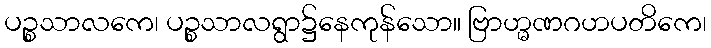
ပဉ္စသာလကေ၊ ပဉ္စသာလရွာ၌နေကုန်သော။ ဗြာဟ္မဏဂဟပတိကေ၊